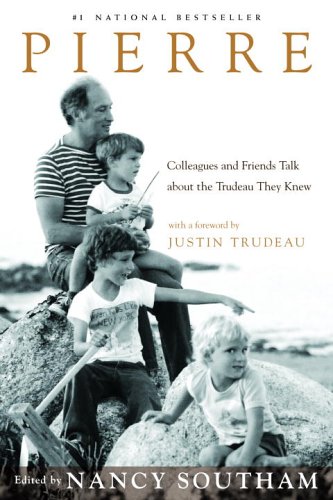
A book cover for Pierre: Colleagues and Friends Talk about the Trudeau They Knew; Biographies & Memoirs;